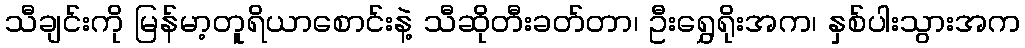
သီချင်းကို မြန်မာ့တူရိယာစောင်းနဲ့ သီဆိုတီးခတ်တာ၊ ဦးရွှေရိုးအက၊ နှစ်ပါးသွားအက